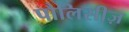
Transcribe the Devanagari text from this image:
पौलिसीज़